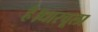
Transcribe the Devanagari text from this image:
है।धारचूला